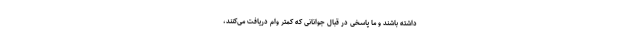
داشته باشند و ما پاسخی در قبال جوانانی که کمتر وام دریافت می‌کنند،